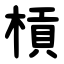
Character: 槓